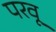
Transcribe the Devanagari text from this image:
परवू